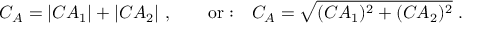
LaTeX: { \cal C } _ { \cal A } = | C A _ { 1 } | + | C A _ { 2 } | \ , \qquad \mathrm { o r : } \quad { \cal C } _ { \cal A } = \sqrt { ( C A _ { 1 } ) ^ { 2 } + ( C A _ { 2 } ) ^ { 2 } } \ .